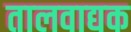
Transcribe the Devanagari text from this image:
तालवाद्यक